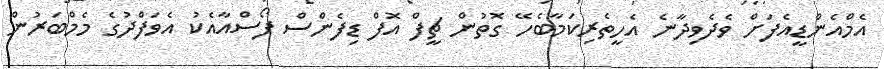
އެމްއެންޑީއެފަށް ވެދެވިދާނެ އެހީތެރިކަމާބެހޭ ގޮތުން ޗީފް އޮފް ޑިފެންސް ފޯސްއާއެކު އެވަފްދުގެ މެމްބަރުން